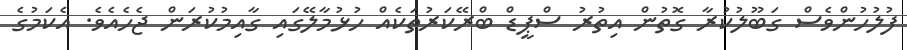
ފުލުހުންވެސް ގަބޫލުކުރާ ގޮތުން އިތުރު ސްޕީޑް ބްރޭކަރުތަކެއް ހުޅުމާލޭގައި ގާއިމުކުރަން ޖެހެއެވެ. އެކަމުގެ